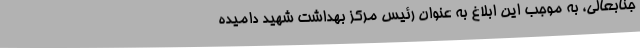
جنابعالی، به موجب این ابلاغ به عنوان رئیس مرکز بهداشت شهید دامیده